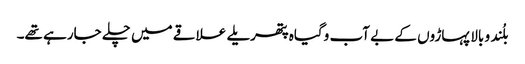
بلُند و بالا پہاڑوں کے بے آب وگیاہ پتھریلے علاقے میں چلے جارہے تھے۔